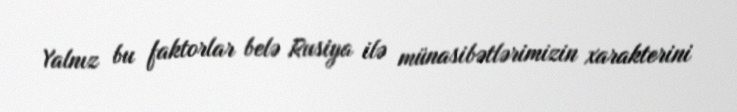
Yalnız bu faktorlar belə Rusiya ilə münasibətlərimizin xarakterini